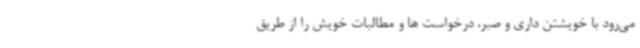
می‌رود با خویشتن داری و صبر، درخواست ها و مطالبات خویش را از طریق